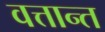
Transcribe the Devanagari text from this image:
वत्तान्त